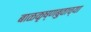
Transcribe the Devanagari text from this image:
बाळकृष्णबुवाच्या